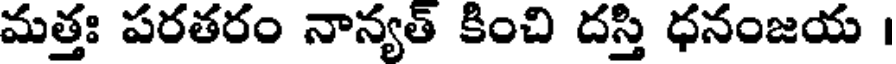
మత్తః పరతరం నాన్యత్ కించి దస్తి ధనంజయ ।